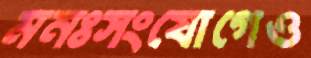
মনঃসংযোগেও